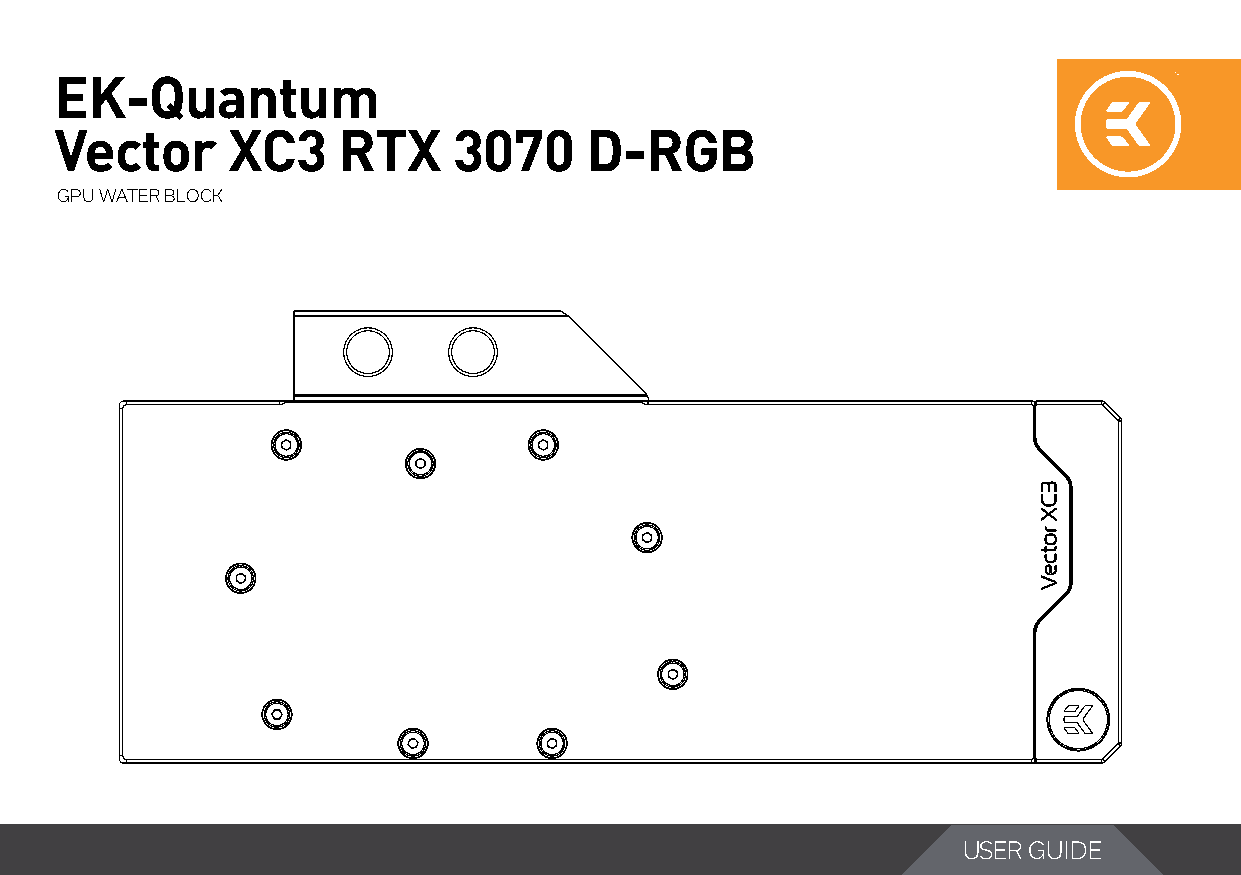
EK-Quantum
 Vector     XC3    RTX     3070     D-RGB
 GPU WATER BLOCK
 USER GUIDE